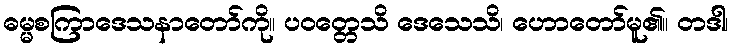
ဓမ္မစကြာဒေသနာတော်ကို။ ပဝတ္တေသိ ဒေသေသိ၊ ဟောတော်မူ၏။ တဒါ၊